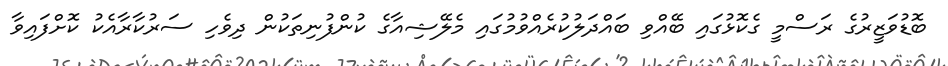
ބޮޑުވަޒީރުގެ ރަސްމީ ގެކޮޅުގައި ބޭއްވި ބައްދަލުކުރެއްވުމުގައި މެލޭޝިއާގެ ކުންފުނިތަކުން ދިވެހި ސަރުކާރާއެކު ކޮށްފައިވާ